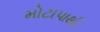
મોટાપાથી